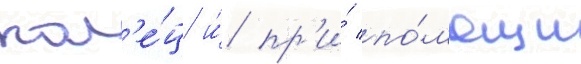
кол'е́ц и́ пр'и́ по́мощи